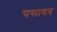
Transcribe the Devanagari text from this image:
पसावन